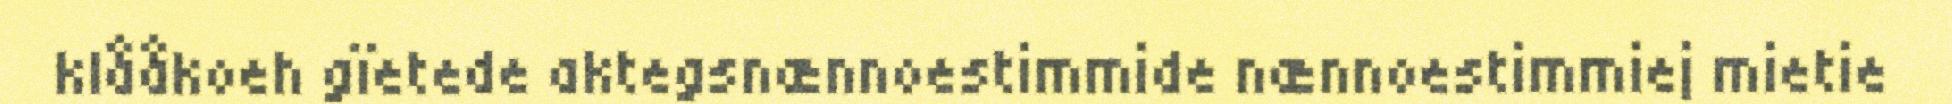
klååkoeh gïetede aktegsnænnoestimmide nænnoestimmiej mietie